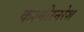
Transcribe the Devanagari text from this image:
कश्मीरनरेश